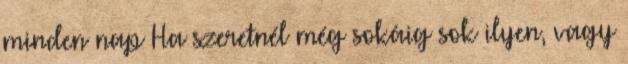
minden nap Ha szeretnél még sokáig sok ilyen, vagy